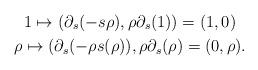
LaTeX: \begin{gather*} 1 \mapsto (\partial_s(-s\rho), \rho \partial_s(1)) = (1, 0) \\ \rho \mapsto (\partial_s( - \rho s(\rho)), \rho \partial_s(\rho) = (0, \rho). \end{gather*}